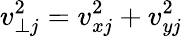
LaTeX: v_{\perp j}^{2}=v_{xj}^{2}+v_{yj}^{2}